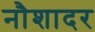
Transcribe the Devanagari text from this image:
नौशादर